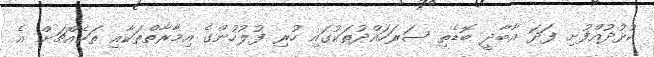
ކުޅުދުއްފުށި ފަދަ އާބާދީ ބޮޑެތި ސަރަހައްދުތަކުގައި ހުރި ފުލުހުންގެ އިމާރާތްތަކާއި ތަކެއްޗަށް އެ